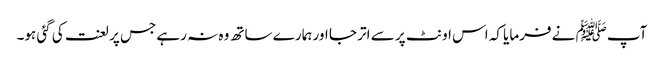
آپﷺ نے فرمایا کہ اس اونٹ پر سے اتر جا اور ہمارے ساتھ وہ نہ رہے جس پر لعنت کی گئی ہو۔